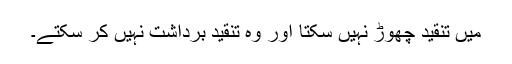
میں تنقید چھوڑ نہیں سکتا اور وہ تنقید برداشت نہیں کر سکتے۔